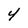
Character: 4